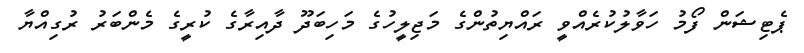
ޕެޓިޝަން ފޯމު ހަވާލުކުރެއްވީ ރައްޔިތުންގެ މަޖިލީހުގެ މަހިބަދޫ ދާއިރާގެ ކުރީގެ މެންބަރު ރުގިއްޔާ